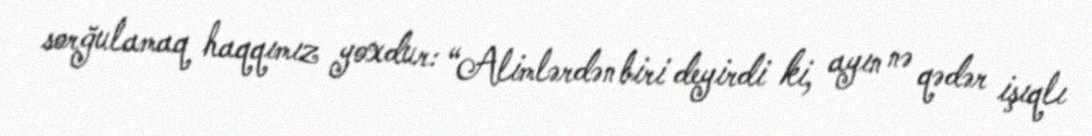
sorğulamaq haqqımız yoxdur: “Alimlərdən biri deyirdi ki, ayın nə qədər işıqlı